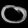
Digit: ၀